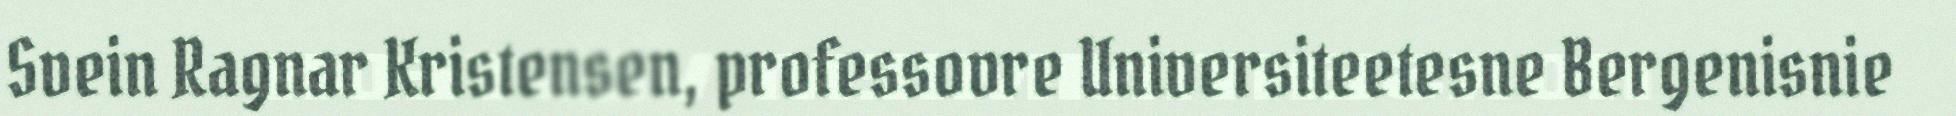
Svein Ragnar Kristensen, professovre Universiteetesne Bergenisnie